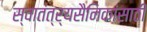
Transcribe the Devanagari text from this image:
स्वातंत्र्यसैनिकांसाठी